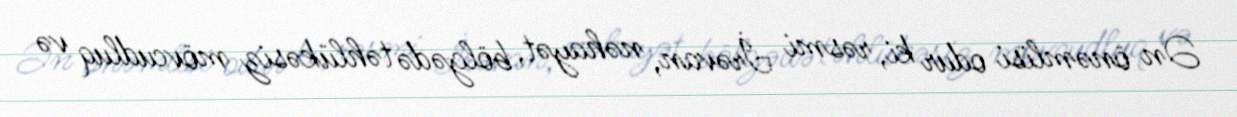
Ən önəmlisi odur ki, rəsmi İrəvan, nəhayət, bölgədə təhlükəsiz mövcudluq və